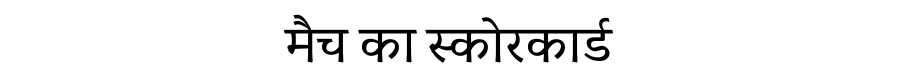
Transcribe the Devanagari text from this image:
मैच का स्कोरकार्ड